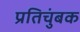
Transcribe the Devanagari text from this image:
प्रतिचुंबक